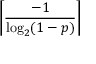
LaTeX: \left\lceil { \frac { - 1 } { \log _ { 2 } ( 1 - p ) } } \right\rceil